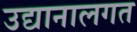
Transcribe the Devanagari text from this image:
उद्यानालगत